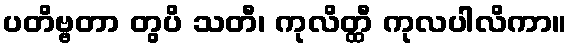
ပတိဗ္ဗတာ တွပိ သတီ၊ ကုလိတ္ထီ ကုလပါလိကာ။